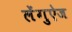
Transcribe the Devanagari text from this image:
लेंगुऐज